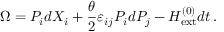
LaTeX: \Omega = P _ { i } d X _ { i } + \frac { \theta } { 2 } \varepsilon _ { i j } P _ { i } d P _ { j } - H _ { \mathrm { e x t } } ^ { ( 0 ) } d t \, .